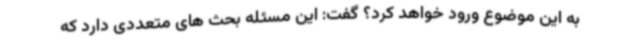
به این موضوع ورود خواهد کرد؟ گفت: این مسئله بحث های متعددی دارد که